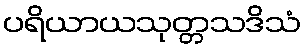
ပရိယာယသုတ္တသဒိသံ